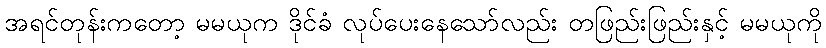
အရင်တုန်းကတော့ မမယုက ဒိုင်ခံ လုပ်ပေးနေသော်လည်း တဖြည်းဖြည်းနှင့် မမယုကို